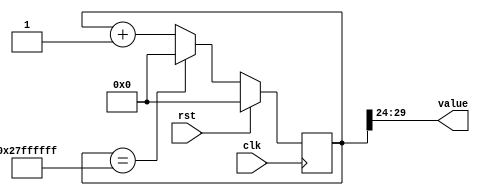
/*
   This file was generated automatically by the Mojo IDE version B1.3.6.
   Do not edit this file directly. Instead edit the original Lucid source.
   This is a temporary file and any changes made to it will be destroyed.
*/

/*
   Parameters:
     SIZE = $clog2(39)
     DIV = FLIP
     TOP = 39
     UP = 1
*/
module counter_38 (
    input clk,
    input rst,
    output reg [5:0] value
  );
  
  localparam SIZE = 3'h6;
  localparam DIV = 5'h18;
  localparam TOP = 6'h27;
  localparam UP = 1'h1;
  
  
  reg [29:0] M_ctr_d, M_ctr_q = 1'h0;
  
  localparam MAX_VALUE = 30'h27ffffff;
  
  always @* begin
    M_ctr_d = M_ctr_q;
    
    value = M_ctr_q[24+5-:6];
    if (1'h1) begin
      M_ctr_d = M_ctr_q + 1'h1;
      if (1'h1 && M_ctr_q == 30'h27ffffff) begin
        M_ctr_d = 1'h0;
      end
    end else begin
      M_ctr_d = M_ctr_q - 1'h1;
      if (1'h1 && M_ctr_q == 1'h0) begin
        M_ctr_d = 30'h27ffffff;
      end
    end
  end
  
  always @(posedge clk) begin
    if (rst == 1'b1) begin
      M_ctr_q <= 1'h0;
    end else begin
      M_ctr_q <= M_ctr_d;
    end
  end
  
endmodule